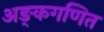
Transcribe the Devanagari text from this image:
अङ्कगणित